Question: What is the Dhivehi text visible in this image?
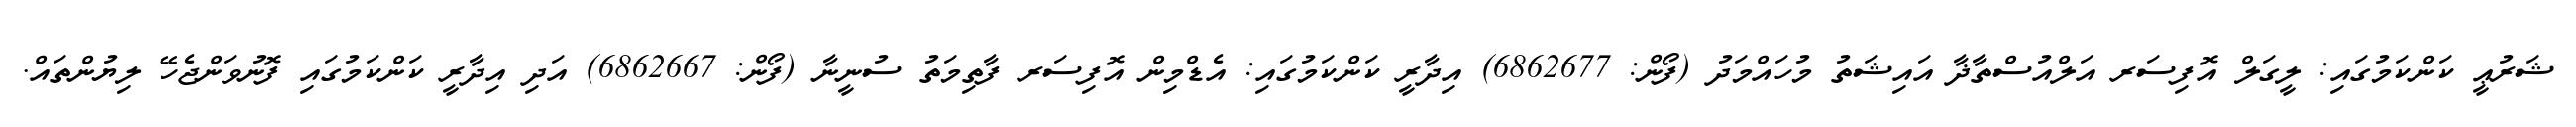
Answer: ޝަރުޢީ ކަންކަމުގައި: ލީގަލް އޮފިސަރ އަލްއުސްތާޛާ އައިޝަތު މުހައްމަދު (ފޯން: 6862677) އިދާރީ ކަންކަމުގައި: އެޑްމިން އޮފިސަރ ފާތިމަތު ސުނީނާ (ފޯން: 6862667) އަދި އިދާރީ ކަންކަމުގައި ފޮނުވަންޖެހޭ ލިޔުންތައް.